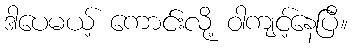
ဒါပေမယ့် ကောင်းလို့ ဝါကျင့်နေပြီ။